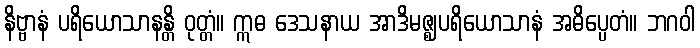
နိဗ္ဗာနံ ပရိယောသာနန္တိ ဝုတ္တံ။ ဣဓ ဒေသနာယ အာဒိမဇ္ဈပရိယောသာနံ အဓိပ္ပေတံ။ ဘဂဝါ